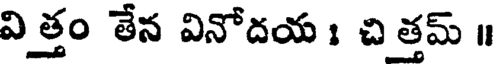
విత్తం తేన వినోదయ । చిత్తమ్ ॥